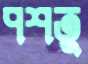
পশতু